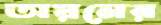
অয়নের